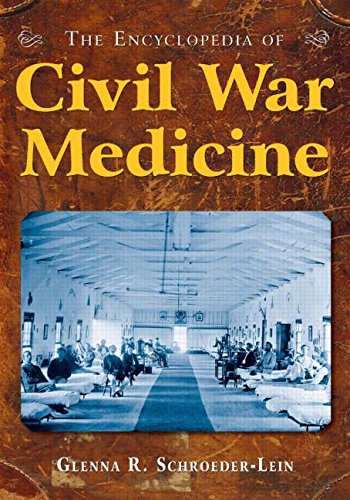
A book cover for The Encyclopedia of Civil War Medicine; Glenna R Schroeder-Lein; Reference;